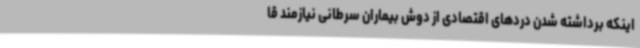
اینکه برداشته شدن دردهای اقتصادی از دوش بیماران سرطانی نیازمند قا